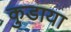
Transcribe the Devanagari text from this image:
कुडाया